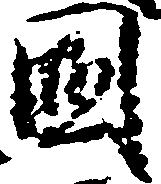
国